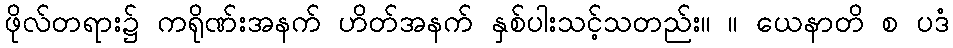
ဖိုလ်တရား၌ ကရိုဏ်းအနက် ဟိတ်အနက် နှစ်ပါးသင့်သတည်း။ ။ ယေနာတိ စ ပဒံ